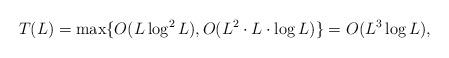
LaTeX: \begin{align*}T(L)=\max\{O(L\log^2L), O(L^2\cdot L\cdot \log L)\}=O(L^3\log L),\end{align*}